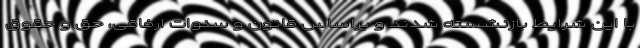
با این شرایط بازنشسته شدند و براساس قانون و سنوات ارفاقی، حق و حقوق